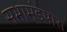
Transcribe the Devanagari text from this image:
सभामंडपास